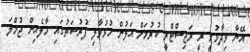
އޭނާ ވިދާޅުވީ ރީ ރަޖިސްޓްރީ ކުރުމަށް އަލުން ހުޅުވާލި ފުރުސަތުގައި މާލެއިން ޖުމްލަ